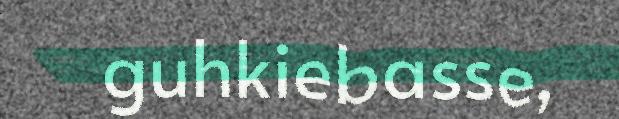
guhkiebasse,